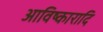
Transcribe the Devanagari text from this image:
आविष्कारादि